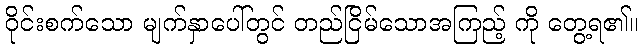
ဝိုင်းစက်သော မျက်နှာပေါ်တွင် တည်ငြိမ်သောအကြည့် ကို တွေ့ရ၏။